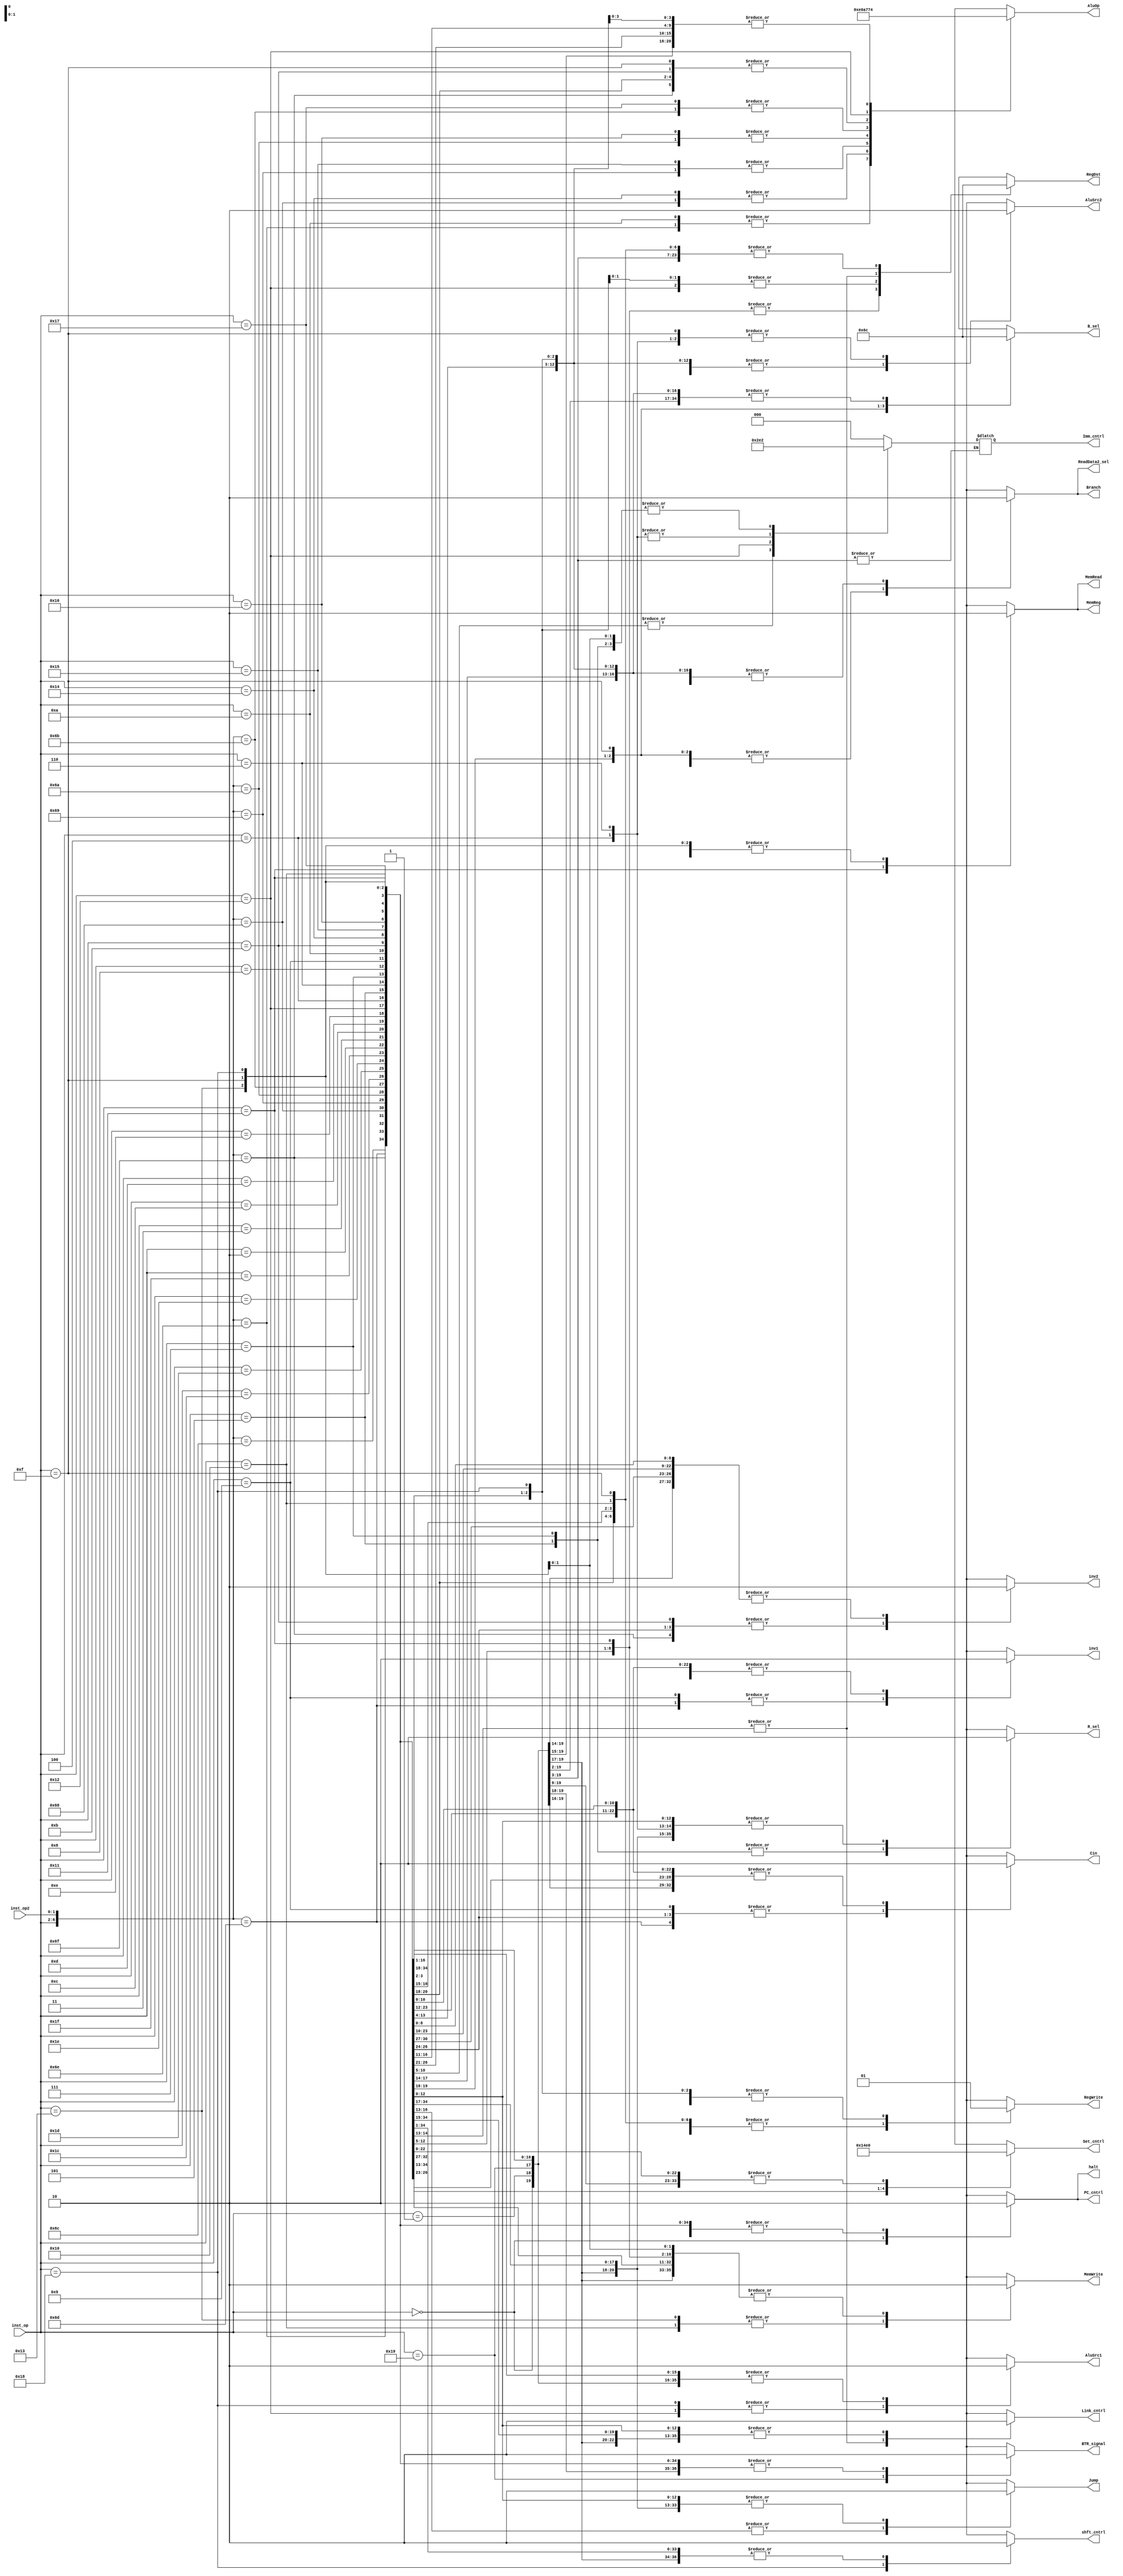
module control(inst_op, inst_op2,
               RegDst, ReadData2_sel, RegWrite, PC_cntrl, Imm_cntrl, Link_cntrl,
	       AluSrc1, AluSrc2, inv1, inv2, Cin, Branch, Jump, AluOp, R_sel, B_sel, shft_cntrl, BTR_signal,
	       MemWrite, MemRead, MemReg, Set_cntrl, halt);

  input [4:0] inst_op;    //OP Code from instruction fetch
  input [1:0] inst_op2;

  //control signals used by the decode stage
  output reg [1:0] RegDst;
  output reg ReadData2_sel;
  output reg RegWrite;
  output reg PC_cntrl;
  output reg [2:0] Imm_cntrl;  //NEEED TO FIGURE THIS BAD BOY OUT
  output reg Link_cntrl;
  
  //control signals used by the execute stage
  output reg AluSrc1;
  output reg AluSrc2;
  output reg Branch;
  output reg Jump;
  output reg Cin;
  output reg inv1;
  output reg inv2;
  output reg [2:0] AluOp;
  output reg R_sel;
  output reg [1:0] B_sel;
  output reg shft_cntrl;
  output reg BTR_signal;

  //control signals used by the write stage
  output reg MemWrite;
  output reg MemRead;
  output reg MemReg;
  output reg [2:0] Set_cntrl;

  output reg halt;


  wire [6:0] full_inst;
  assign full_inst = {inst_op, inst_op2};

  always @(full_inst)
  begin
    //default Decode will write to Rd/inst[4:2], incement the pc by 2, and write the WB signal from the Memory/Execute blocks
    RegDst   = 2'b00;
    ReadData2_sel  = 1'b0;
    RegWrite = 1'b1;
    PC_cntrl = 1'b0;
    Link_cntrl = 1'b0;
    //IMM_cntrl      no default value for this, since it'll need to be different almost every time in use?????????


    //default Execute will use RD1 and RD2 in the ALU, and not branch or jump
    AluSrc1 = 1'b0;
    AluSrc2 = 1'b0;
    Branch  = 1'b0;
    Jump    = 1'b0;
    Cin     = 1'b0;
    inv1    = 1'b0;
    inv2    = 1'b0;
    AluOp   = 3'b100;   //maybe do the Add as default value?????? also need to update
    //the ALU unit itself #yay
    R_sel = 1'b0;
    //no default for B_sel don't think its neeeded for anything????
    //^ was wrong 
    B_sel = 2'b00;
    shft_cntrl = 1'b0;
    BTR_signal = 1'b0;

    //default memory will not  write to memory, and the WB will be the
    //ALU output
    MemWrite = 1'b0;
    MemRead  = 1'b0;
    MemReg   = 1'b0;
    Set_cntrl = 3'b000;

    halt = 1'b0;
    casex(full_inst)
      

	    //come back to these bad boys and think very hard about them
      7'b00000xx: //halt
        begin
          halt = 1'b1;
	  PC_cntrl = 1'b1;
	  RegWrite = 1'b0;
        end
      7'b00001xx: //nop
        begin
          RegWrite = 1'b0;
        end
      
      7'b01000xx: //ADDI
        begin
	  RegDst = 2'b01;
	  Imm_cntrl = 3'b000;
	  AluSrc2 = 1'b1;
        end
      7'b01001xx: //SUBI
        begin
          RegDst = 2'b01;
	  Imm_cntrl = 3'b000;
	  AluSrc2 = 1'b1;
	  //ALU OP FOR SUB!!
	  Cin = 1'b1;
	  inv1 = 1'b1;  // Imm - Rs
        end
      7'b01010xx: //XORI
        begin
          RegDst = 2'b01;
          Imm_cntrl = 3'b001;
          AluSrc2 = 1'b1;
	  //ALU OP FOR XOR!!!
	  AluOp = 3'b111;
        end
      7'b01011xx: //ANDNI
        begin
          RegDst = 2'b01;
          Imm_cntrl = 3'b001;
          AluSrc2 = 1'b1;
	  inv2 = 1'b1;
	  AluOp = 3'b101;
        end
      7'b10100xx: //ROLI
        begin
          RegDst = 2'b01;
          Imm_cntrl = 3'b001;
          AluSrc2 = 1'b1;
	  AluOp = 3'b000;
        end
      7'b10101xx: //SLLI
        begin
          RegDst = 2'b01;
          Imm_cntrl = 3'b001;
          AluSrc2 = 1'b1;
          AluOp = 3'b001;
        end
      7'b10110xx: //RORI
        begin
          RegDst = 2'b01;
          Imm_cntrl = 3'b001;
          AluSrc2 = 1'b1;
          AluOp = 3'b010;
        end
      7'b10111xx: //SRLI
        begin
          RegDst = 2'b01;
          Imm_cntrl = 3'b001;
          AluSrc2 = 1'b1;
          AluOp = 3'b011;
        end
      7'b10000xx: //ST
        begin
          RegWrite = 1'b0;
	  Imm_cntrl = 3'b000;
	  AluSrc2 = 1'b1;
          MemWrite = 1'b1;
        end
      7'b10001xx: //LD
        begin
	  RegDst = 2'b01;
          Imm_cntrl = 3'b000;
	  AluSrc2 = 1'b1;
	  MemRead = 1'b1;
	  MemReg = 1'b1;
        end
      7'b10011xx: //STU
        begin
          RegDst = 2'b10;
	  Imm_cntrl = 3'b000;
	  AluSrc2 = 1'b1;
	  MemWrite = 1'b1;
        end
      7'b11001xx: //BTR
        begin
	  BTR_signal = 1'b1;
          //!!!!!!!!!!!!!!!!!!!!!!!!!!!!!!!!!!!!!!!!!!!!!!!!!!!!!!!!!!!!!!!!!!!!!!!!!!!!!!!!!
	  //I am confused on what to do with that bad boy
        end
      7'b1101100: //ADD
        begin
          AluOp = 3'b100;
        end
      7'b1101101: //SUB
        begin
          Cin = 1'b1;
	  inv1 = 1'b1; //Rt - Rs
        end
      7'b1101110: //XOR
        begin
          AluOp = 3'b111;
        end
      7'b1101111: //ANDN
        begin
          AluOp = 3'b101;
	  inv2 = 1'b1; //Rs & ~Rt
        end
      7'b1101000: // ROL 
        begin
	  AluOp = 3'b000;
        end
      7'b1101001: // SLL
        begin
          AluOp = 3'b001;
        end
      7'b1101010: // ROR
        begin
          AluOp = 3'b010;
        end
      7'b1101011: // SRL
        begin
          AluOp = 3'b011;
        end
	

	
	// perform Rs-Rt, load Rd with zero value from ALU
      7'b11100xx: //SEQ
        begin
          Cin = 1'b1;
	  inv2 = 1'b1;
	  //NEW CNTRL Signal to load RD <- zero !!!!!!!!!!!!!!!!!
	  Set_cntrl = 3'b001;
        end
	//perform Rs-Rt, load Rd with neg value from ALU
      7'b11101xx: //SLT
        begin
          Cin = 1'b1;
	  inv2 = 1'b1;
	  //NEW control signal to load Rd <- neg !!!!!!!!!!!!!!!
          Set_cntrl = 3'b010;
        end
	//perfomr Rs-Rt, load Rd with zero|neg value from ALU
      7'b11110xx: //SLE
        begin
          Cin = 1'b1;
	  inv2 = 1'b1;
	  //new control signal to load Rd <- zero|neg !!!!!!!!!!!!
	  Set_cntrl = 3'b011;
        end
	//perform Rs+Rt, load Rd with C_out val from ALU
      7'b11111xx: //SCO
        begin
          //new control signal to load Rd <- c_out !!!!!!!!!!!!!!!!
	  Set_cntrl = 3'b100;
        end
	//perform Rs&Rs, use zero value from ALU to determine branch
      7'b01100xx: //BEQZ
        begin
          Branch = 1'b1;
	  ReadData2_sel = 1'b1;
	  Imm_cntrl = 3'b010;
	  AluOp = 3'b101;
          //new control to take the branch if (zero)
	  B_sel = 2'b00;
	  RegWrite = 1'b0;
        end
	//perform Rs&Rs, use ~zero value from ALU to determine branch
      7'b01101xx: //BNEZ
        begin
          Branch = 1'b1;
	  ReadData2_sel = 1'b1;
	  Imm_cntrl = 3'b010;
	  AluOp = 3'b101;
	  //new control signal to take the branch if (!zero)
	  B_sel = 2'b01;
          RegWrite = 1'b0;
        end
	//perform Rs&Rs, use zero and neg val from ALu to determine branch
      7'b01110xx: //BLTZ
        begin
          Branch = 1'b1;
	  ReadData2_sel = 1'b1;
	  Imm_cntrl = 3'b010;
	  AluOp = 3'b101;
	  //new control signal to take the branch if (neg)
	  B_sel = 2'b10;
	  RegWrite = 1'b0;
        end
	//perform Rs&RS, use zero and neg for branch
      7'b01111xx: //BGEZ
        begin
          Branch = 1'b1;
	  ReadData2_sel = 1'b1;
	  Imm_cntrl = 3'b010;
	  AluOp = 3'b101;
	  //new control signal to take branch if (!neg | zero)
	  B_sel = 2'b11;
	  RegWrite = 1'b0;
        end
	//perform 
      7'b11000xx: //LBI
        begin
	  RegDst = 2'b10;
	  shft_cntrl = 1'b1;
	  Imm_cntrl = 3'b010;
	  AluSrc1 = 1'b1;
	  AluSrc2 = 1'b1;
	  //dont really know how to make this bad boy work as of rn
          //maybe add a mux to the ALU in1 shifting RD1 to 0, or hardcode 0
        end
      7'b10010xx: //SLBI
        begin
          RegDst = 2'b10;
	  Imm_cntrl = 3'b011;
	  AluSrc1 = 1'b1;
	  AluSrc2 = 1'b1;
	  AluOp = 3'b110;
        end
      7'b00100xx: //J
        begin
          Jump = 1'b1;
	  Imm_cntrl = 3'b100;
	  RegWrite = 1'b0;
        end
      7'b00101xx: //JR
        begin
	  AluSrc2 = 1'b1;
          Jump = 1'b1;
	  Imm_cntrl = 3'b010;
          //This is where the additional possible PC value in the mux comes
	  //from that is going to be added, as well as another signal to
	  //indicate to take that option, maybe same signal used in branches
	  R_sel = 1'b1;
	  RegWrite = 1'b0;
        end
      7'b00110xx: //JAL
        begin
          Jump = 1'b1;
          RegDst = 2'b11;
	  Imm_cntrl = 3'b100;
	  Link_cntrl = 1'b1;
        end
      7'b00111xx: //JALR
        begin
          AluSrc2 = 1'b1;
	  Jump = 1'b1;
          RegDst = 2'b11;
	  Imm_cntrl = 3'b010;
	  Link_cntrl = 1'b1;
	  //this will need to use the same new logic for the JR inst
          R_sel = 1'b1;
        end
      7'b00010xx: //siic RS
        begin

        end
      7'b00011xx: //NOP / RTI
        begin

        end
      default:
        begin
          //err = 1'b1; //should never get here. Unknown op code
        end
    endcase
  end
endmodule